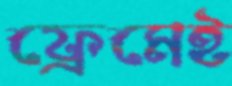
ফ্রেমেই